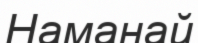
Наманай